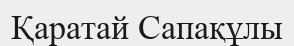
Қаратай Сапақұлы